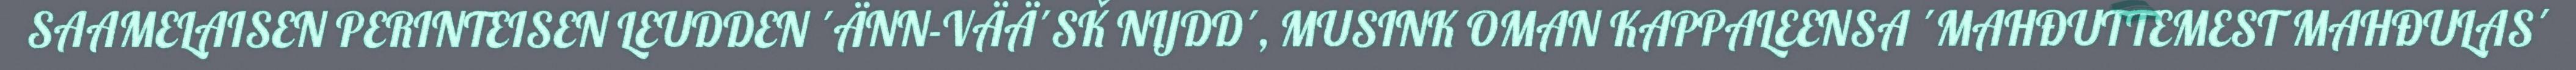
SAAMELAISEN PERINTEISEN LEUDDEN ´ÄNN-VÄÄ´SǨ NIJDD´, MUSINK OMAN KAPPALEENSA ´MAHĐUTTEMEST MAHĐULAS´